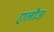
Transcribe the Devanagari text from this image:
एलीज